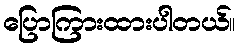
ပြောကြားထားပါတယ်။